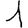
Digit: 1